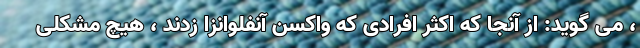
، می گوید: از آنجا که اکثر افرادی که واکسن آنفلوانزا زدند ، هیچ مشکلی